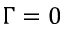
\Gamma = 0